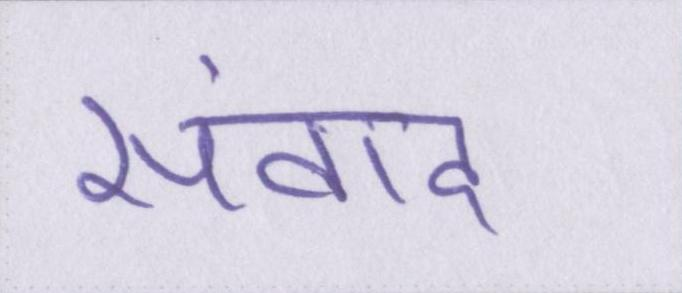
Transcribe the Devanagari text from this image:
संवाद